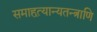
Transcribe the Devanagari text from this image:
समाहृत्यान्यतन्त्राणि